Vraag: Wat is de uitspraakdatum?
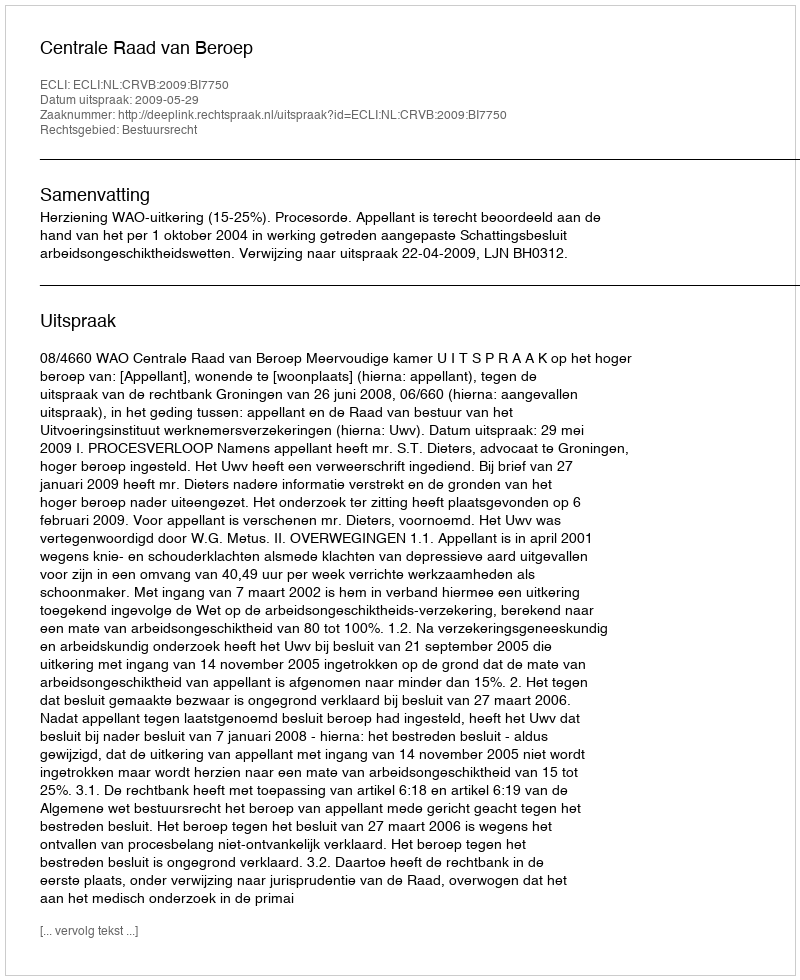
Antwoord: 2009-05-29